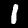
Label: 1